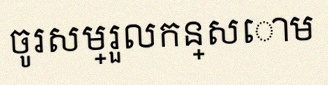
ចូរសម្រួលកន្សោម